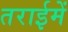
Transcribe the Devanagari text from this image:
तराईमें